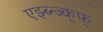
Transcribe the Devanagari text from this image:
एझ्ब्न्ज्क्फ्